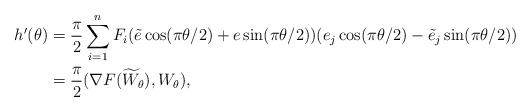
LaTeX: \begin{align*}h^{\prime }(\theta) & =\frac{\pi}{2}\sum_{i=1}^{n}F_{i}(\tilde e\cos(\pi\theta/2)+e\sin(\pi \theta/2))(e_{j}\cos(\pi \theta/2)-\tilde e_{j}\sin(\pi\theta/2)) \\&=\frac{\pi}{2}(\nabla F(\widetilde{W}_{\theta}),W_{\theta}),\end{align*}